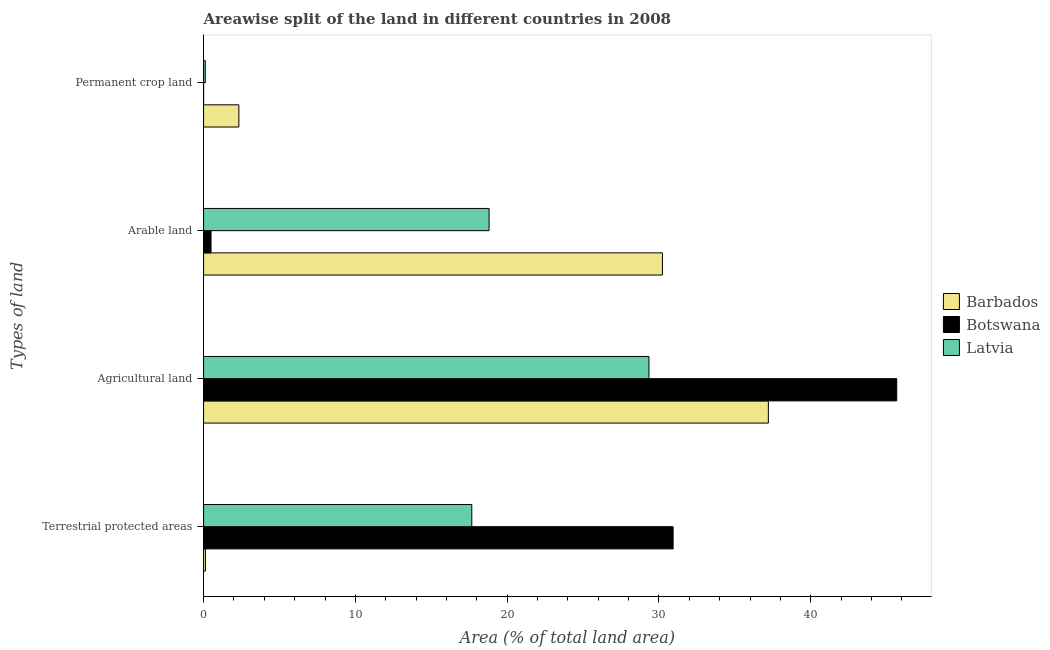
| Types of land | Barbados | Botswana | Latvia |
 | --- | --- | --- | --- |
 | Terrestrial protected areas | 0.124 | 30.9 | 17.7 |
 | Agricultural land | 37.2 | 45.7 | 29.3 |
 | Arable land | 30.2 | 0.492 | 18.8 |
 | Permanent crop land | 2.33 | 0.00353 | 0.113 |